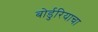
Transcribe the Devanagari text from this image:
बोर्डुरियाचा